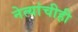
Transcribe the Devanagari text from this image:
नेत्यांचीही